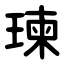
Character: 瑓